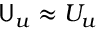
\mathsf { U } _ { u } \approx U _ { u }